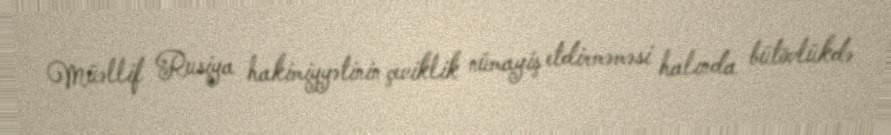
Müəllif Rusiya hakimiyyətinin çeviklik nümayiş etdirməməsi halında bütövlükdə